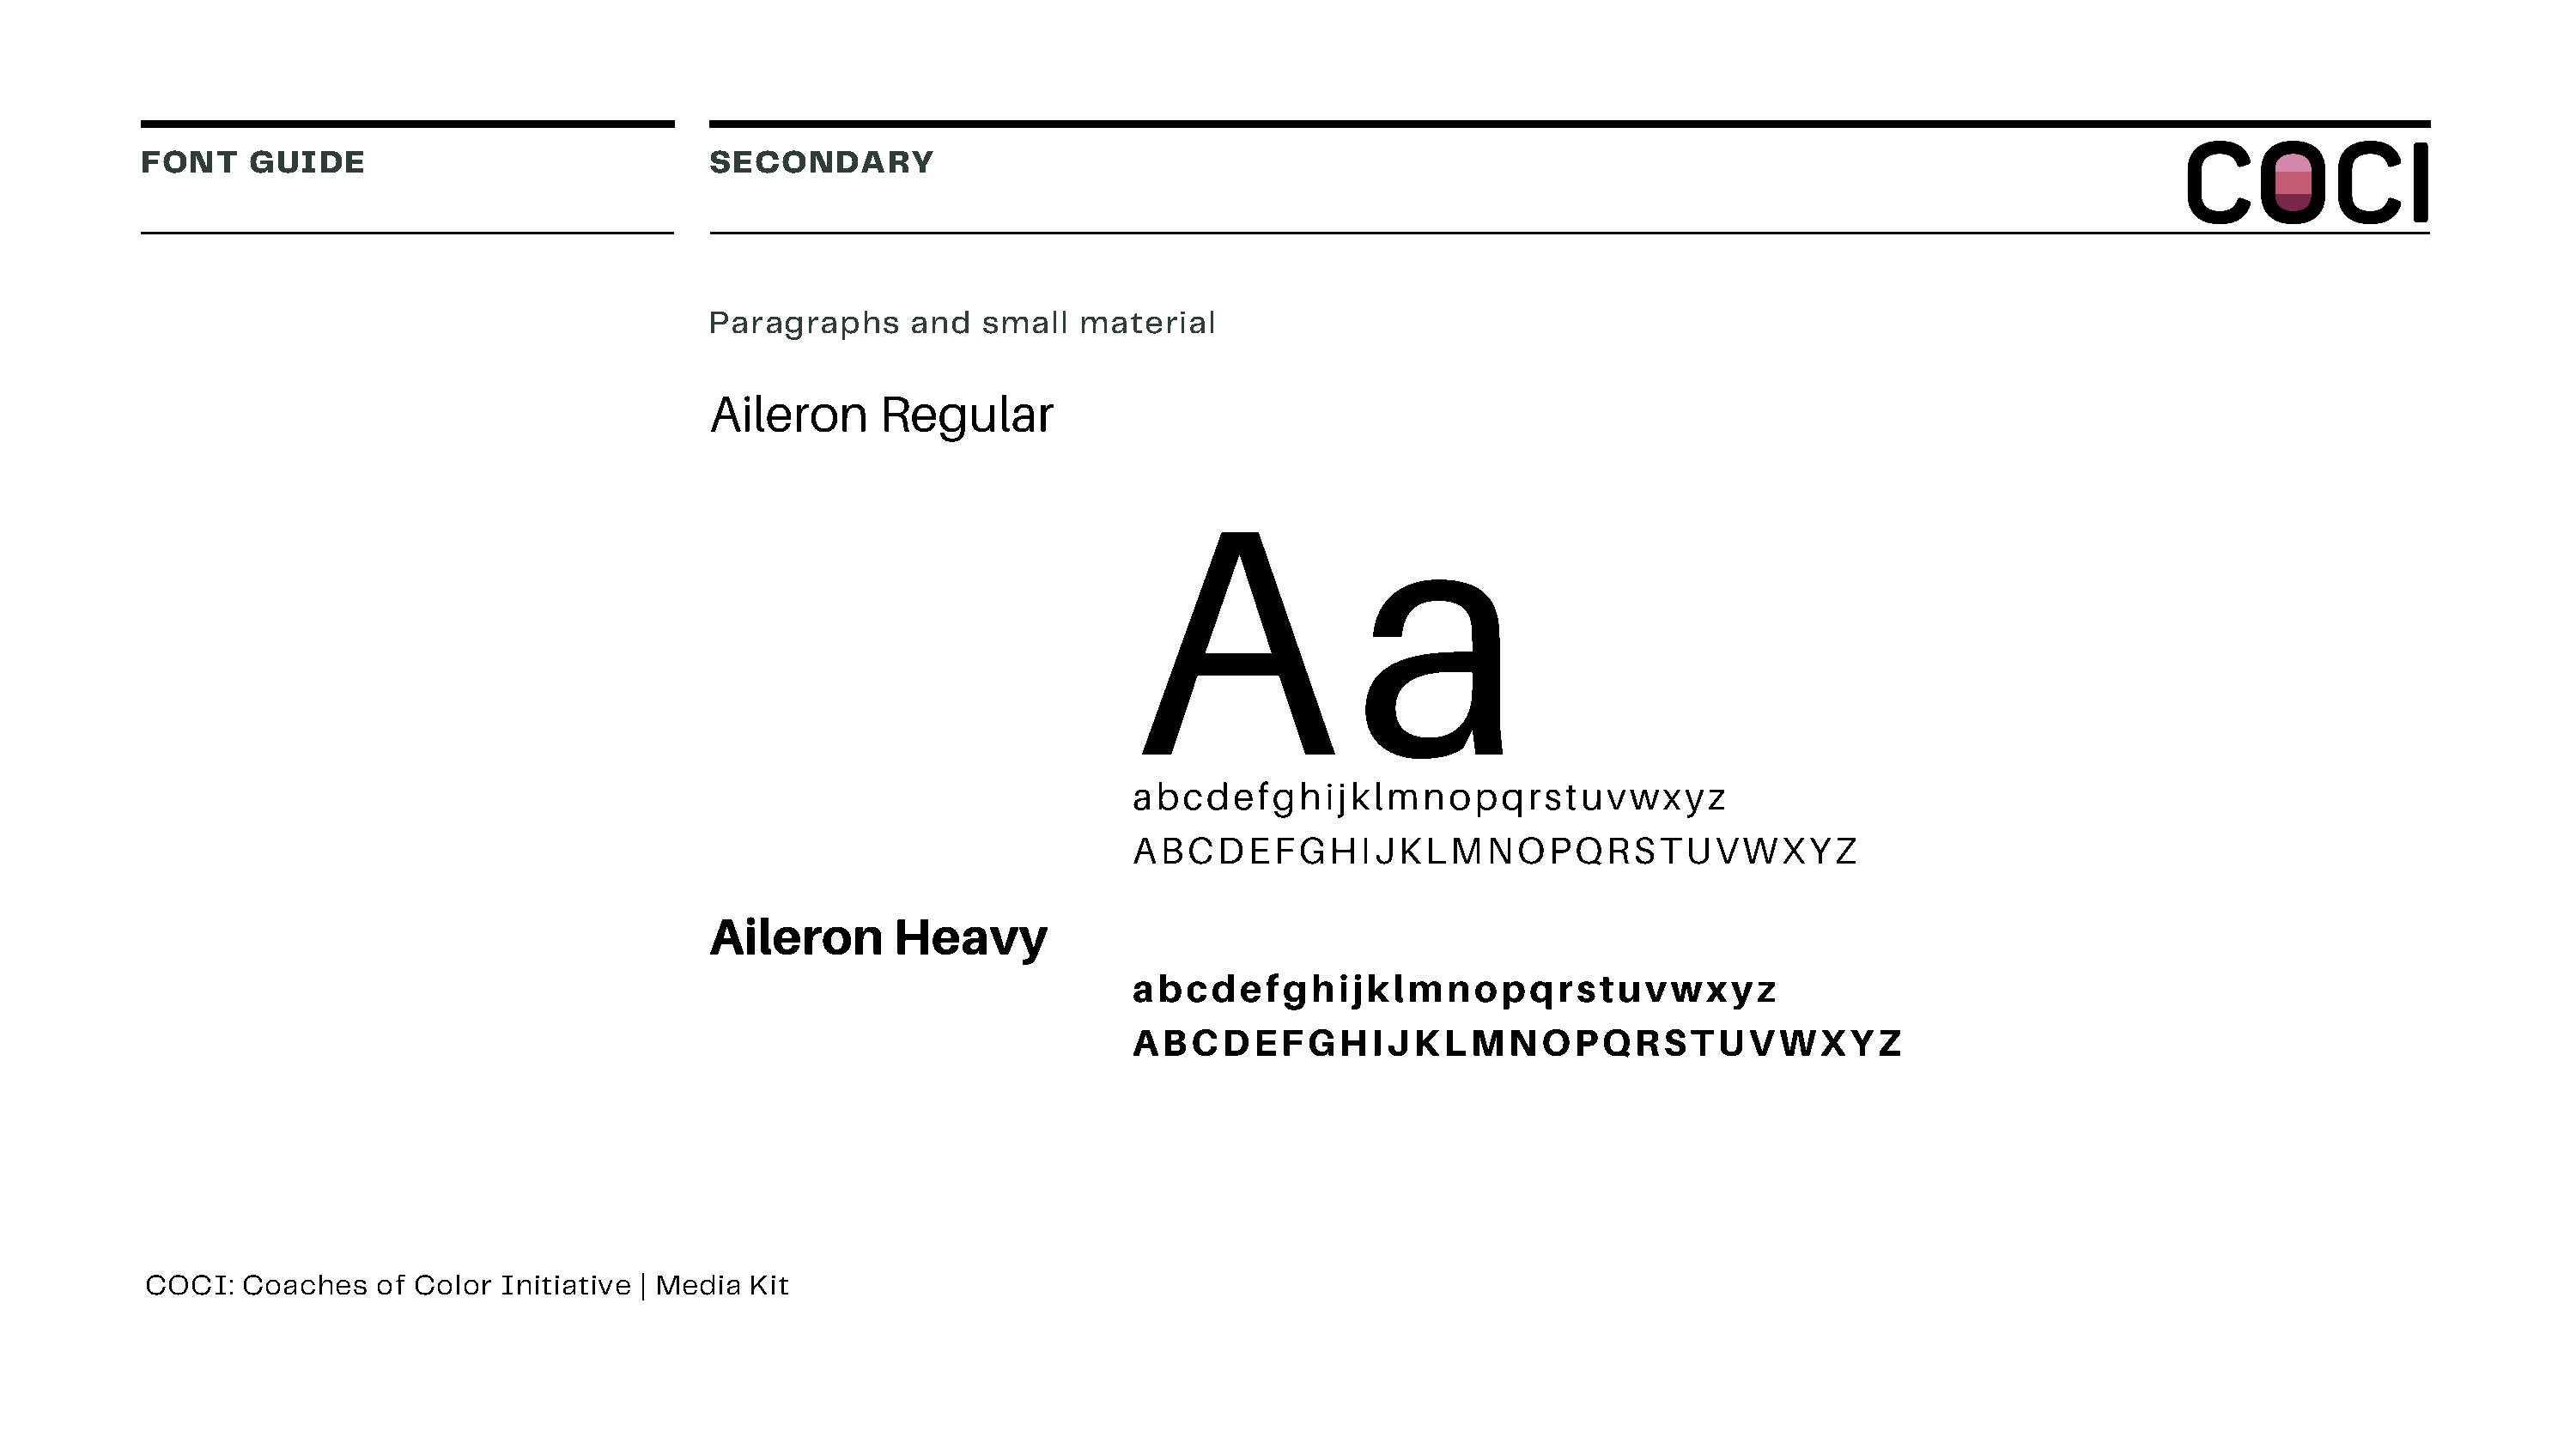
FONT    GUIDE                               SECONDARY
 Paragraphs     and   small  material
 Aileron      Regular
 A                a
 abcdefghijklmnopqrstuvwxyz
 ABCDEFGHIJKLMNOPQRSTUVWXYZ
 Aileron       Heavy
 abcdefghijklmnopqrstuvwxyz
 ABCDEFGHIJKLMNOPQRSTUVWXYZ
 COCI:   Coaches   of Color  Initiative | Media Kit